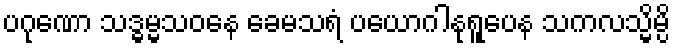
ပဂုဏော သဒ္ဓမ္မသဝနေ ခေမသရံ ပယောဂါနုရူပေန သကလသ္မိမ္ပိ